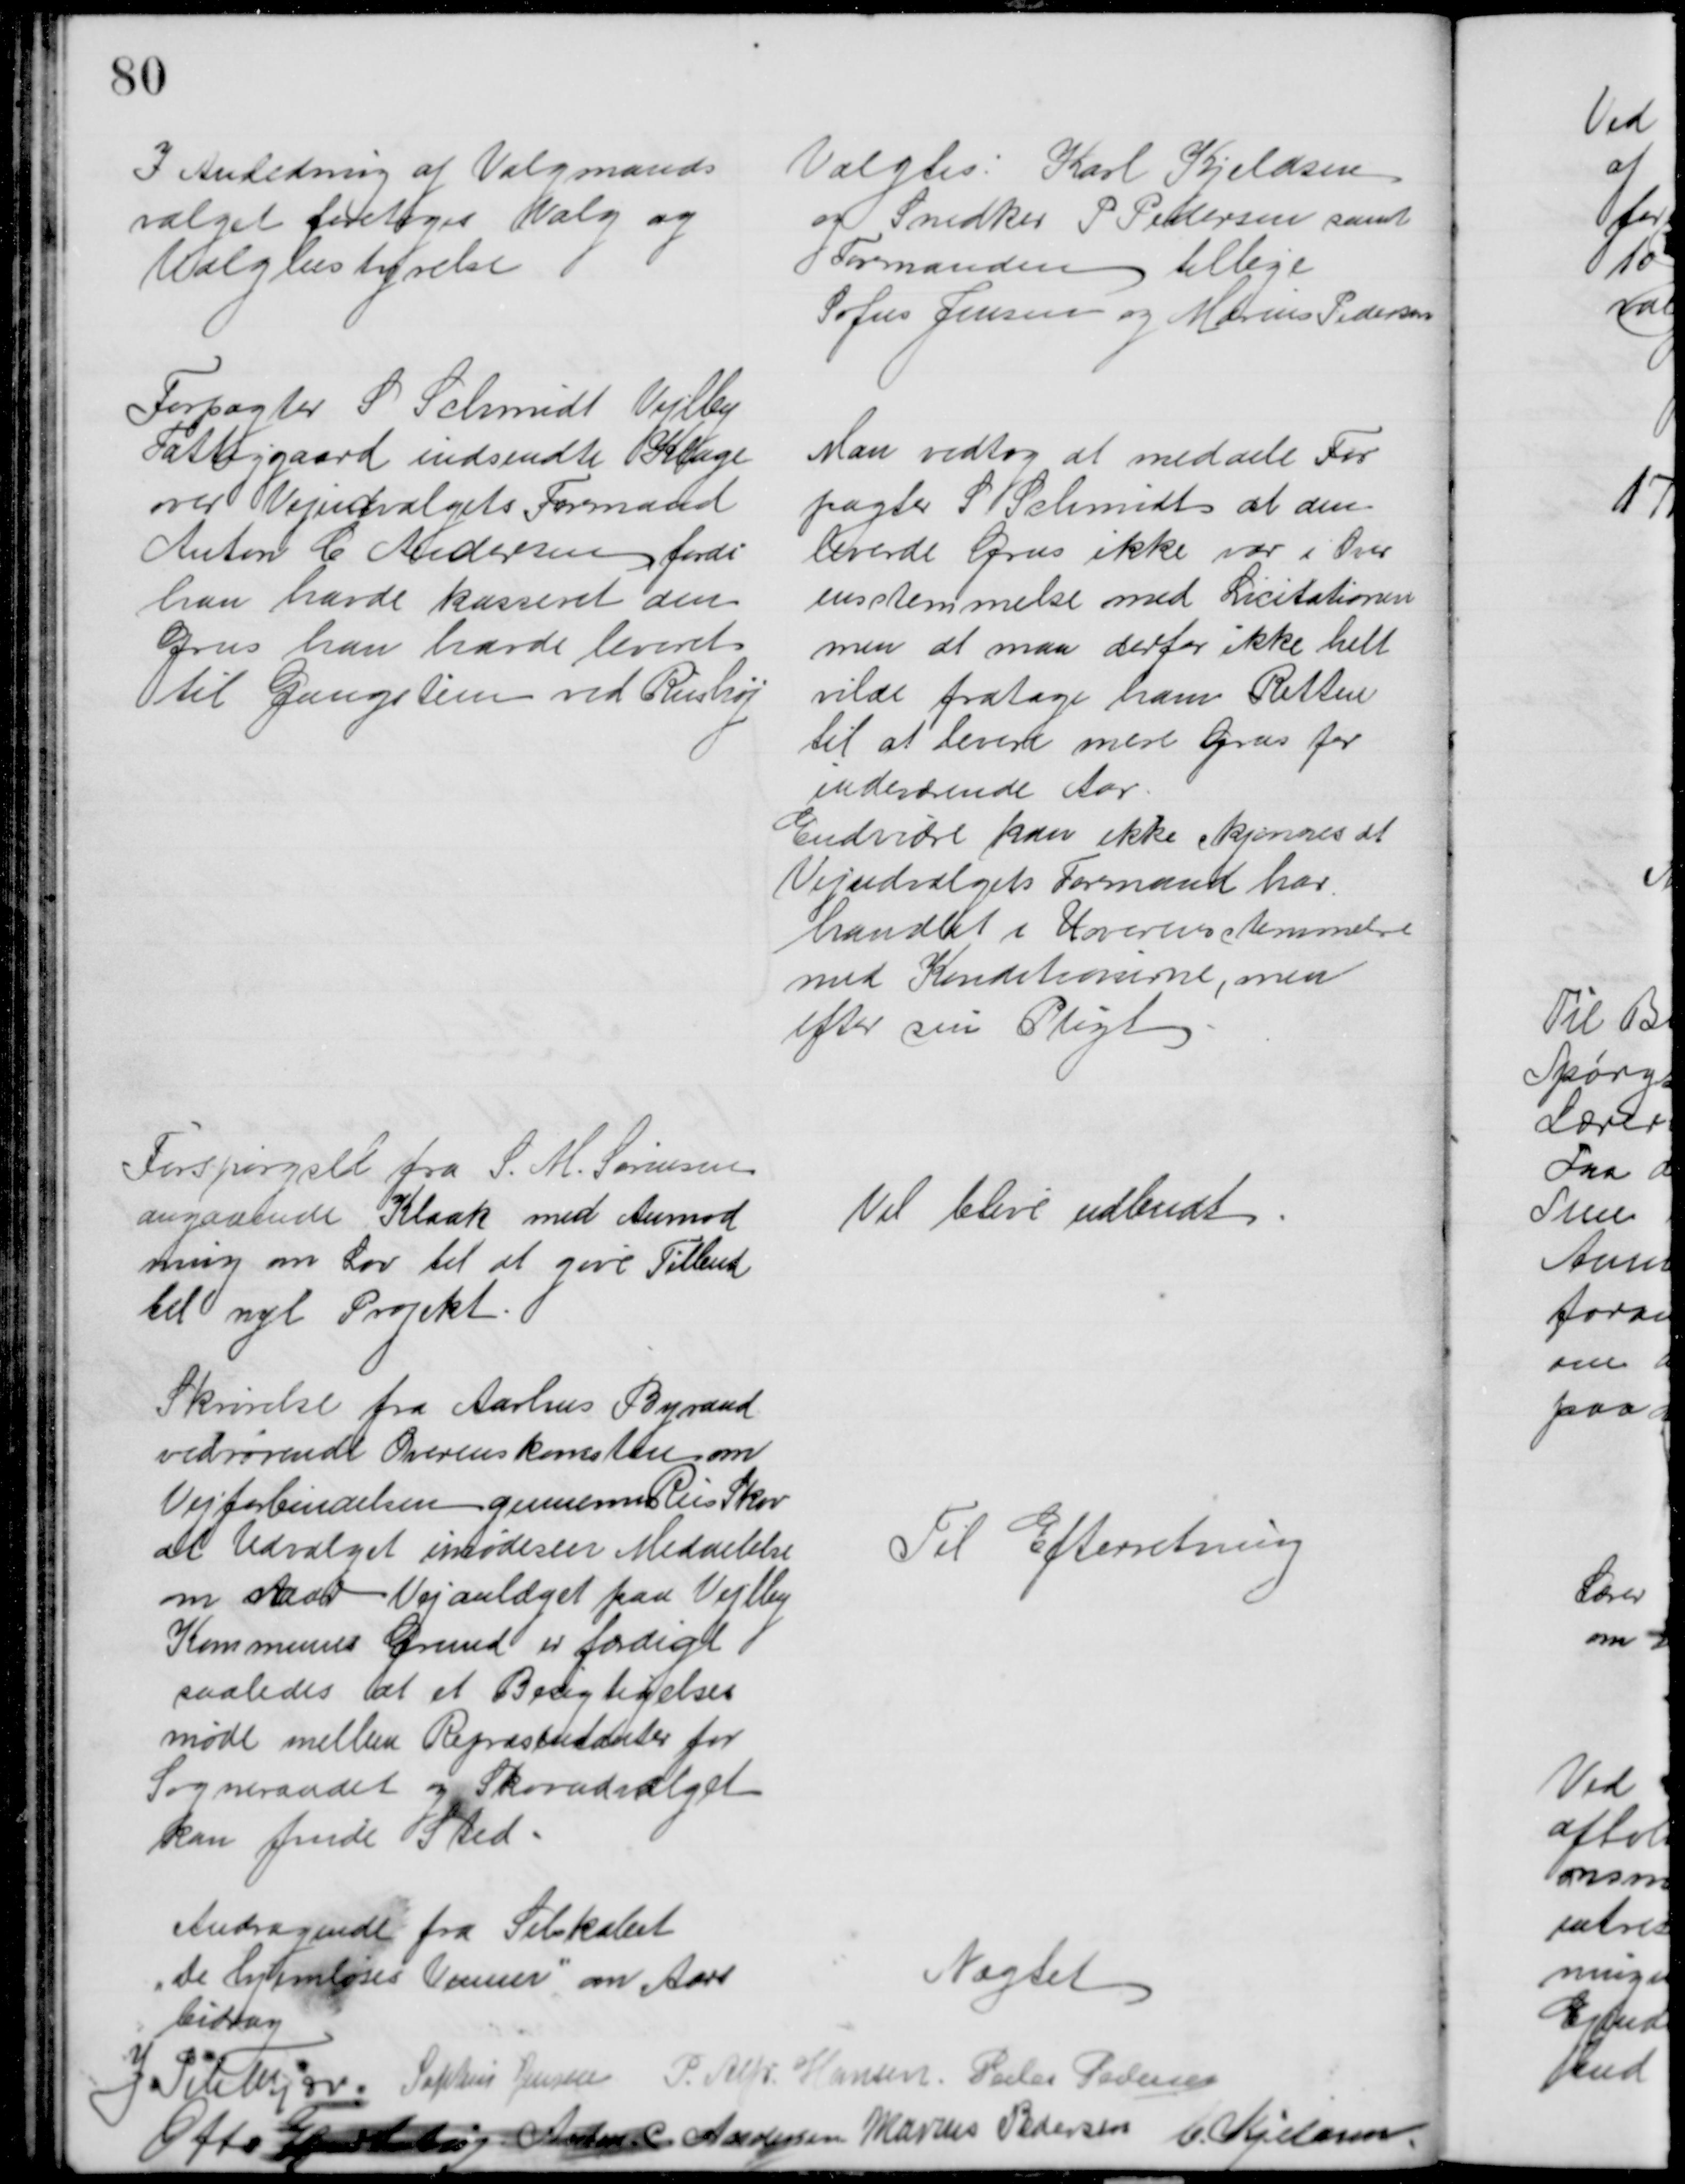
Transskription:
I Anledning af Valgmands
valget foretoges Valg ag 
Valgbestyrelse
Valgtes: Karl Kjeldsen
og Snedker P Pedersen samt
Formanden tillige
Sofus Jensen og Marius Pedersen
Forpagter S. Schmidt Vejlby
Fattiggaard indsendte Klage
over Vejudvalgets Formand
Anton C Andersen fordi
han havde kasseret den 
Grus han havde leveret
til Gangstien ved Riishøj
Man vedtog at meddele For
pagter S. Schmidt at den
leverde Grus ikke var i Over
ensstemmelse med Licitationen
men at man derfor ikke helt
vilde fratage ham Retten
til at levere mere Grus for
indeværende Aar.
Endvidre kan ikke ikjennes at
Vejudvalgets Formand har
handlet i Uoverensstemmelse
med Konditionerne, men
efter sin Pligt
Forspørgsel fra S. M. Sørensen
angaaende Kloak med Anmod
ning om Lov til at give Tilbud
til nyt Projekt
Vil blive udbudt
Skrivelse fra Aarhus Byraad
vedrørende Overenskomsten om
Vejforbindelsen gennem Riis Skov
at Udvalget imødeser Meddelelse
om naar Vejanlæget paa Vejlby
Kommunes Grund er færdigt
saaledes at et Besigtigelses
møde mellem Repræsentanter for
Sogneraadet og Skovudvalget
kan finde Sted.
Til Efterretning
Andragende fra Selskabet
"De hjemløses Venner" om Aars
bidrag
Nægtet
J. Pihlkjær. Sophus Jensen P. Alfr. Hansen Peder Pedersen
Otto Hjortshøj Anton. C. Andersen Marius Pedersen C. Kjeldsen